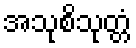
အသုစိသုတ္တံ